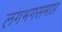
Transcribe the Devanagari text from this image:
लगभगसमाप्त